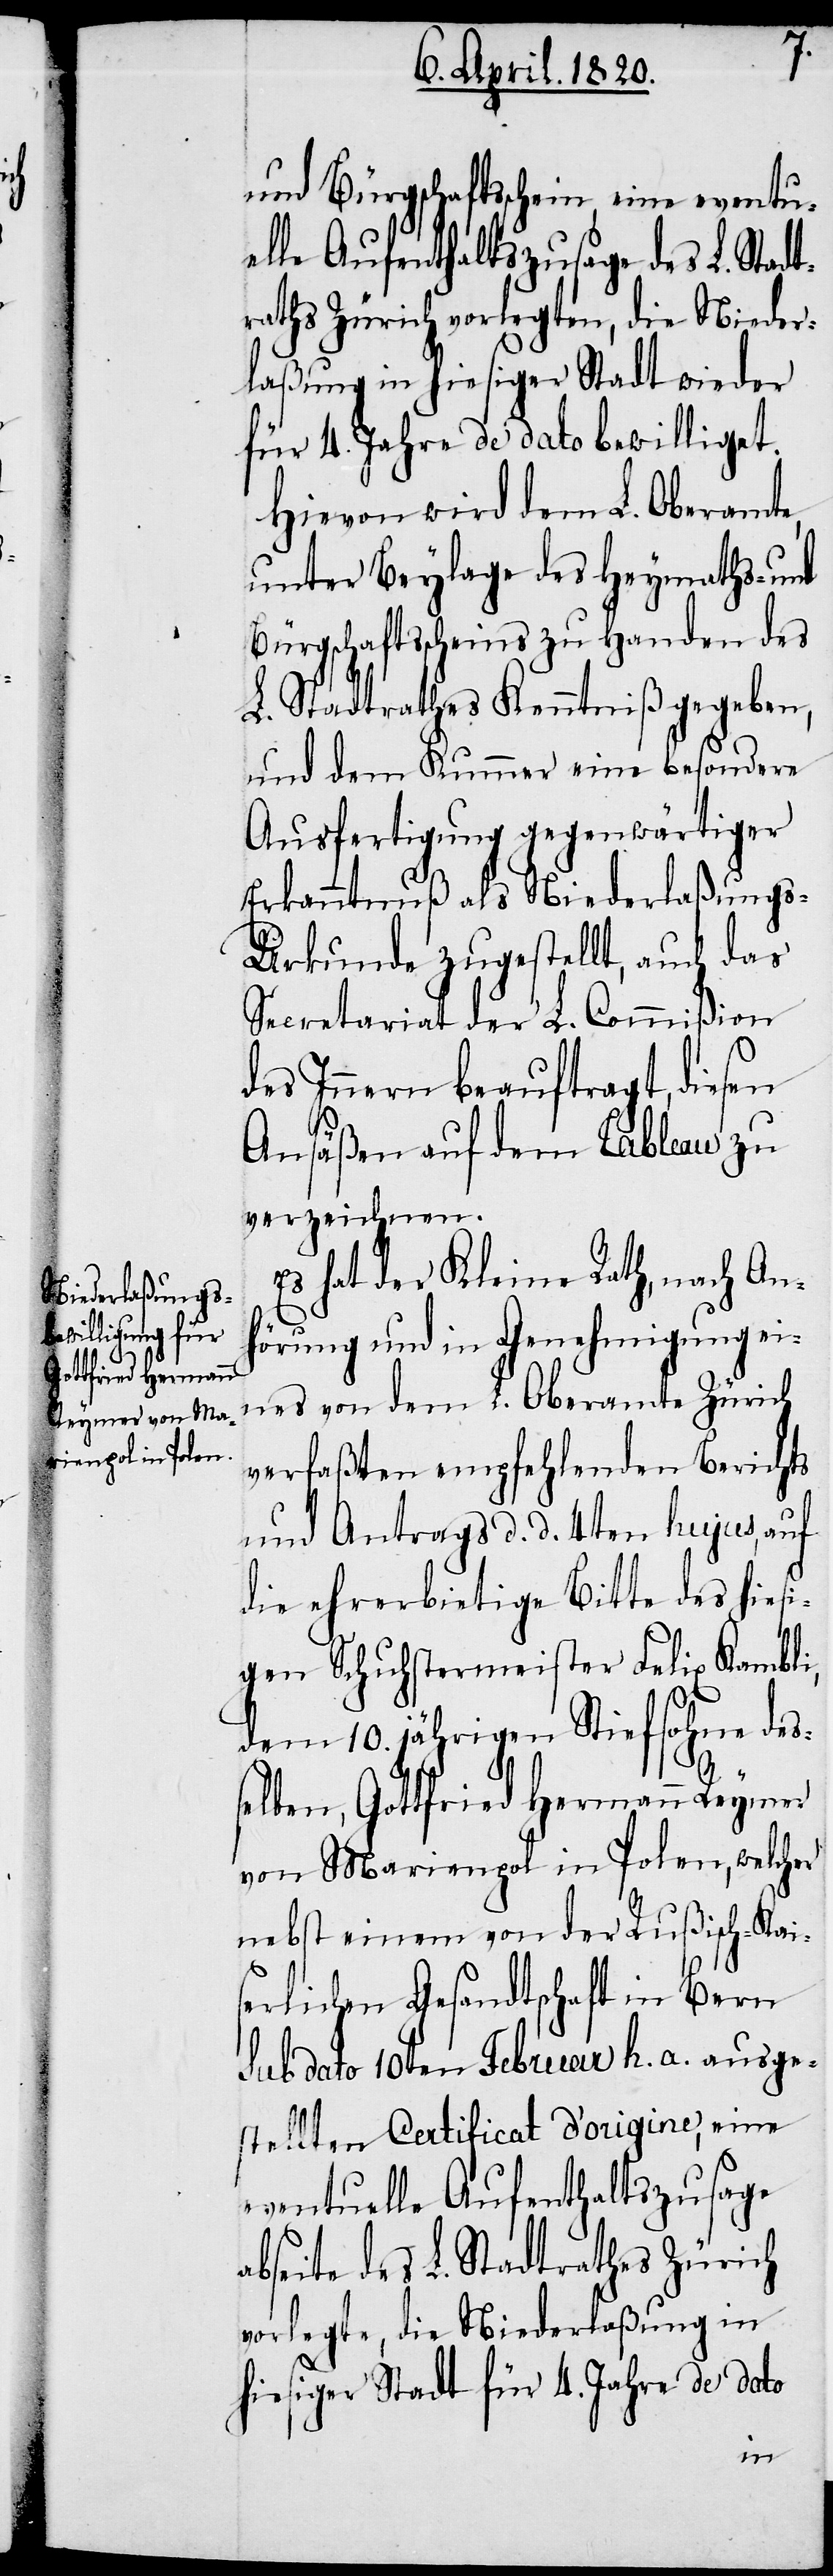
und Bürgschaftsschein, eine eventu¬
elle Aufenthaltszusage des L. Stadt¬
raths Zürich vorlegten, die Nieder¬
laßung in hiesiger Stadt wieder
für 4. Jahre de dato bewilliget.
Hiervon wird dem L. Oberamte,
unter Beylage des Heymaths- und
Bürgschaftsscheins zu Handen des
L. Stadtrathes Kenntniß gegeben,
und dem Kummer eine besondere
Ausfertigung gegenwärtiger
Erkenntnuß als Niederlaßung¬
s-Urkunde zugestellt, auch das
Secretariat der L. Commißion
des Innern beauftragt, diesen
Ansäßen auf dem Tableau zu
verzeichnen.
Es hat der Kleine Rath, nach Anh¬
örung und Genehmigung ein¬
es von dem L. Oberamte Zürich
verfaßten empfehlenden Berichts
und Antrags d. d. 4ten hujus, auf
die ehrerbietige Bitte des hiesi¬
gen Schuhstermeister Felix Kambli,
dem 10. jährigen Stiefsohne des¬
selben, Gottfried Hermann Reymer
von Marienpol in Polen, welcher
nebst einem von der Rußisch-Kais¬
erlichen Gesandtschaft in Bern
Sub dato 10ten Februar h. a. ausge¬
stellten Certificat d’origine eine
eventuelle Aufenthaltszusage
bseite des L. Stadtrathes Zürich
vorlegte, die Niederlaßung in
hiesiger Stadt für 4. Jahre de dato
a¬